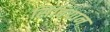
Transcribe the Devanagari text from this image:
सिंबियान